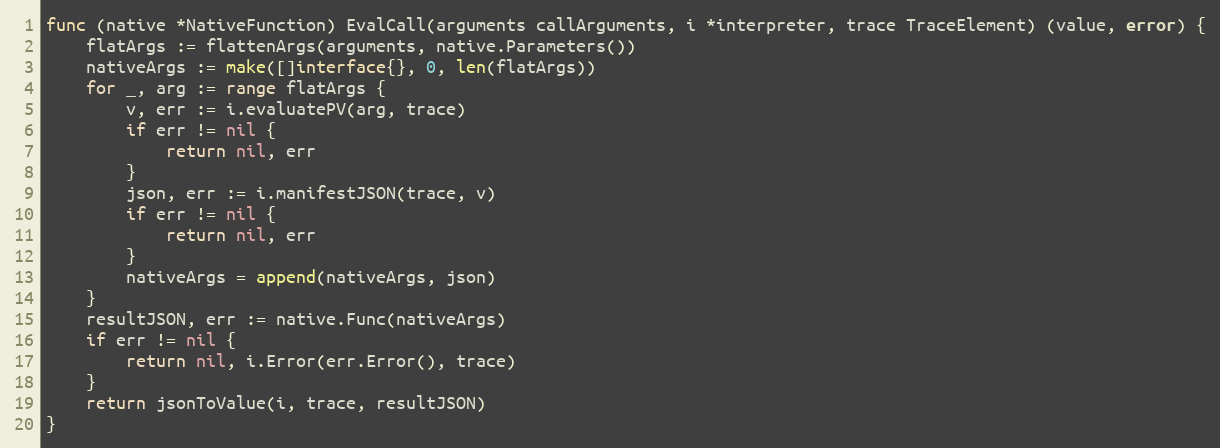
Language: Go
func (native *NativeFunction) EvalCall(arguments callArguments, i *interpreter, trace TraceElement) (value, error) {
	flatArgs := flattenArgs(arguments, native.Parameters())
	nativeArgs := make([]interface{}, 0, len(flatArgs))
	for _, arg := range flatArgs {
		v, err := i.evaluatePV(arg, trace)
		if err != nil {
			return nil, err
		}
		json, err := i.manifestJSON(trace, v)
		if err != nil {
			return nil, err
		}
		nativeArgs = append(nativeArgs, json)
	}
	resultJSON, err := native.Func(nativeArgs)
	if err != nil {
		return nil, i.Error(err.Error(), trace)
	}
	return jsonToValue(i, trace, resultJSON)
}